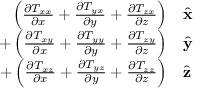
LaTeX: \begin{array} { r l } { \left( { \frac { \partial T _ { x x } } { \partial x } } + { \frac { \partial T _ { y x } } { \partial y } } + { \frac { \partial T _ { z x } } { \partial z } } \right) } & { { } { \hat { \mathbf { x } } } } \\ { + \left( { \frac { \partial T _ { x y } } { \partial x } } + { \frac { \partial T _ { y y } } { \partial y } } + { \frac { \partial T _ { z y } } { \partial z } } \right) } & { { } { \hat { \mathbf { y } } } } \\ { + \left( { \frac { \partial T _ { x z } } { \partial x } } + { \frac { \partial T _ { y z } } { \partial y } } + { \frac { \partial T _ { z z } } { \partial z } } \right) } & { { } { \hat { \mathbf { z } } } } \end{array}